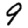
Digit: 9